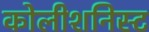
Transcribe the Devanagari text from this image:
कोलीशनिस्ट